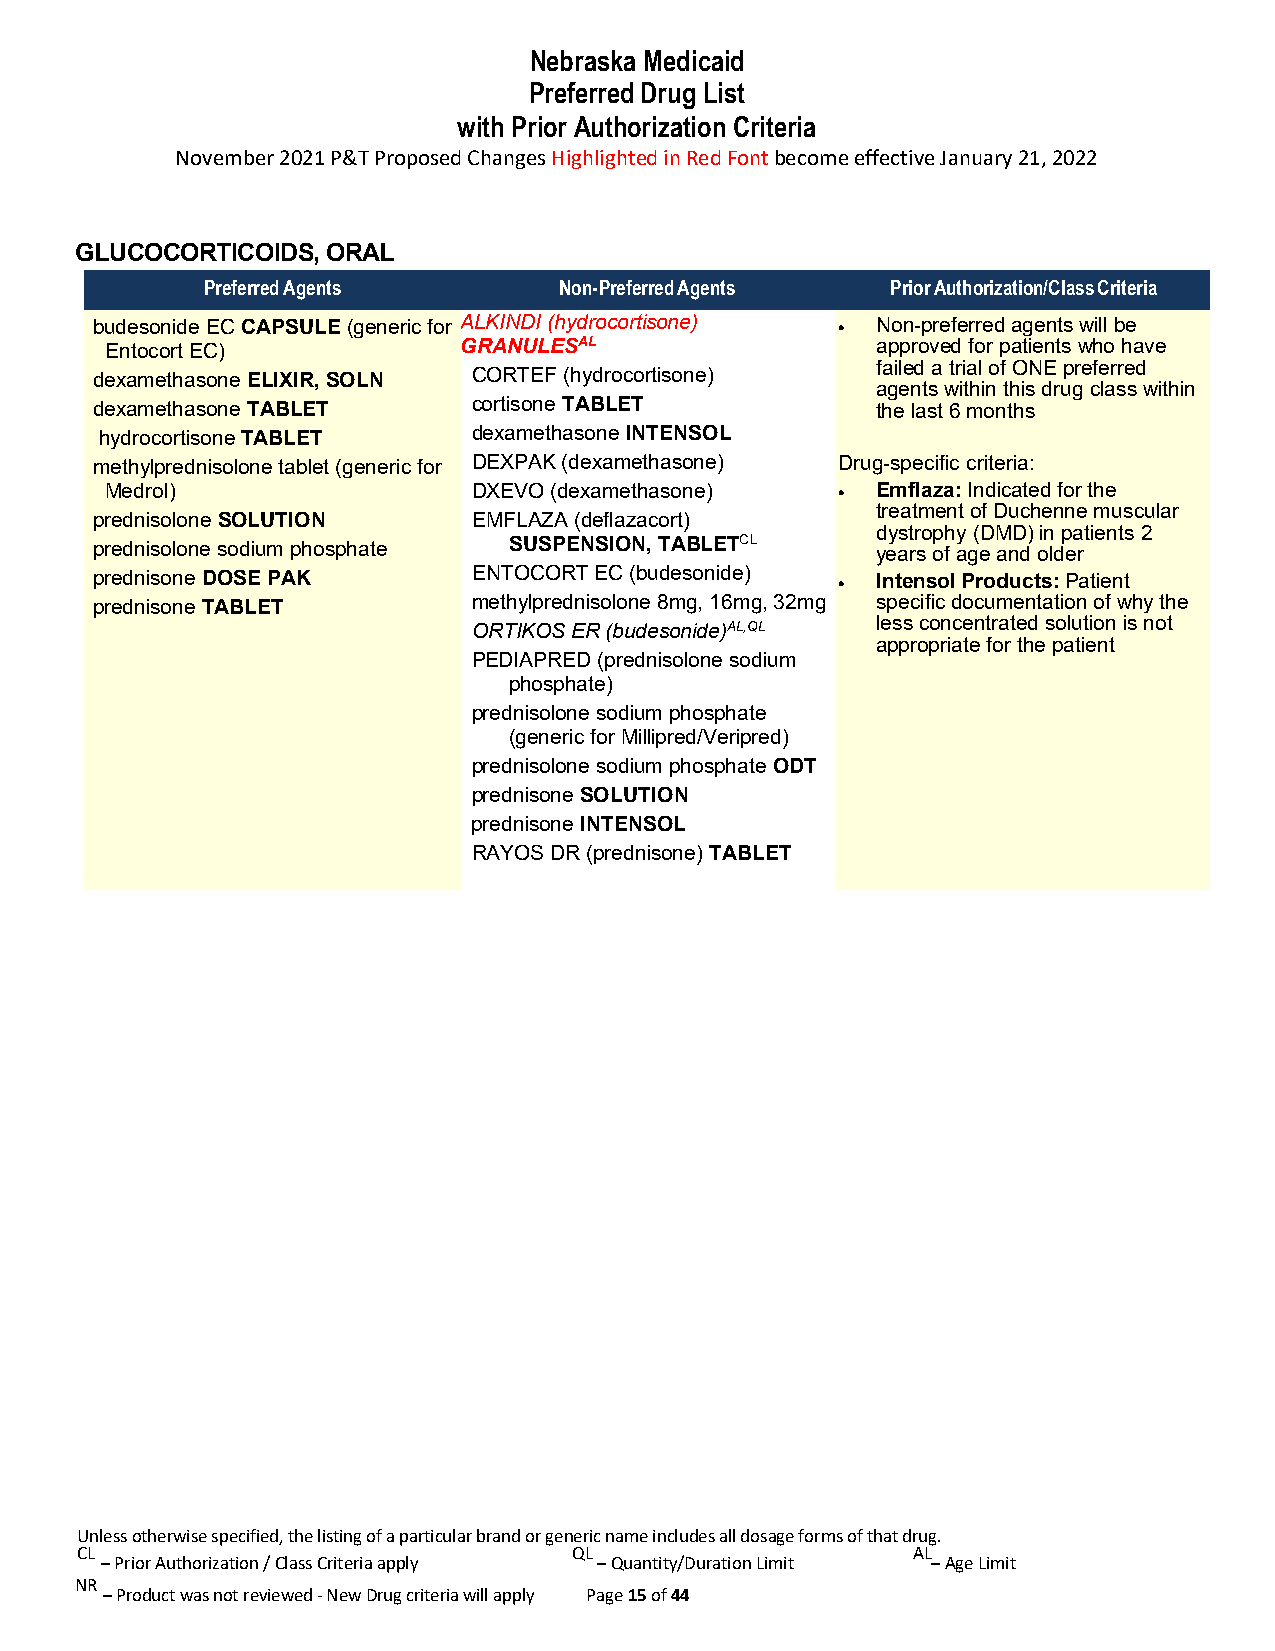
Nebraska Medicaid
 Preferred Drug List
 with Prior Authorization Criteria
 November 2021 P&T Proposed Changes Highlighted in Red Font become effective January 21, 2022
 GLUCOCORTICOIDS, ORAL
 Preferred Agents        Non-Preferred Agents  Prior Authorization/Class Criteria
 budesonide EC CAPSULE (generic for ALKINDI (hydrocortisone) • N on-preferred agents will be
 Entocort EC)           GRANULESAL                  approved for patients who have
 failed a trial of ONE preferred
 dexamethasone ELIXIR, SOLN CORTEF (hydrocortisone)
 agents within this drug class within
 dexamethasone TABLET     cortisone TABLET           the last 6 months
 hydrocortisone TABLET   dexamethasone INTENSOL
 methylprednisolone tablet (generic for DEXPAK (dexamethasone) Drug-specific criteria:
 Medrol)                 DXEVO (dexamethasone)    • Emflaza: Indicated for the
 treatment of Duchenne muscular
 prednisolone SOLUTION    EMFLAZA (deflazacort)
 dystrophy (DMD) in patients 2
 prednisolone sodium phosphate SUSPENSION, TABLETCL  years of age and older
 prednisone DOSE PAK      ENTOCORT EC (budesonide) • Intensol Products: Patient
 prednisone TABLET        methylprednisolone 8mg, 16mg, 32mg specific documentation of why the
 ORTIKOS ER (budesonide)AL,QL less concentrated solution is not
 appropriate for the patient
 PEDIAPRED (prednisolone sodium
 phosphate)
 prednisolone sodium phosphate
 (generic for Millipred/Veripred)
 prednisolone sodium phosphate ODT
 prednisone SOLUTION
 prednisone INTENSOL
 RAYOS DR (prednisone) TABLET
 Unless otherwise specified, the listing of a particular brand or generic name includes all dosage forms of that drug.
 CL                               QL                    AL
 – Prior Authorization / Class Criteria apply – Quantity/Duration Limit – Age Limit
 NR
 – Product was not reviewed - New Drug criteria will apply Page 15 of 44